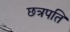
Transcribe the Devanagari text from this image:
छत्रपति